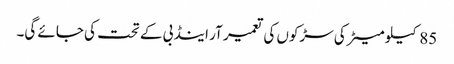
85کیلو میٹر کی سڑکوں کی تعمیر آر اینڈ بی کے تحت کی جائے گی۔